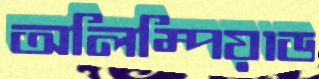
অলিম্পিয়াড